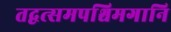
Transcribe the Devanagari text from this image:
तद्वत्समपश्चिमगानि